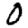
Digit: 0